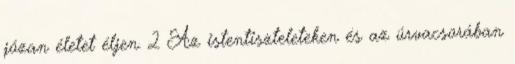
józan életet éljen. 2 Az istentiszteleteken és az úrvacsorában